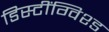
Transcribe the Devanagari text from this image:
डिस्टींग्विश्ड